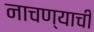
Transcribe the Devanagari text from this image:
नाचण्याची